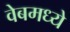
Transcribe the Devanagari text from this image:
वेबमध्ये